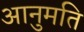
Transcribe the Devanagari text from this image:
आनुमति